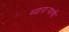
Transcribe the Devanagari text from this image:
व्यापार्‍याची